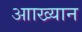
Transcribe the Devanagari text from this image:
आाख्यान